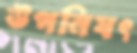
উপনিষৎ